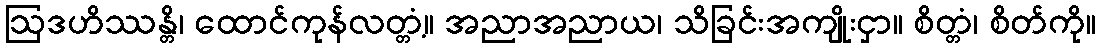
ဩဒဟိဿန္တိ၊ ထောင်ကုန်လတ္တံ့။ အညာအညာယ၊ သိခြင်းအကျိုးငှာ။ စိတ္တံ၊ စိတ်ကို။